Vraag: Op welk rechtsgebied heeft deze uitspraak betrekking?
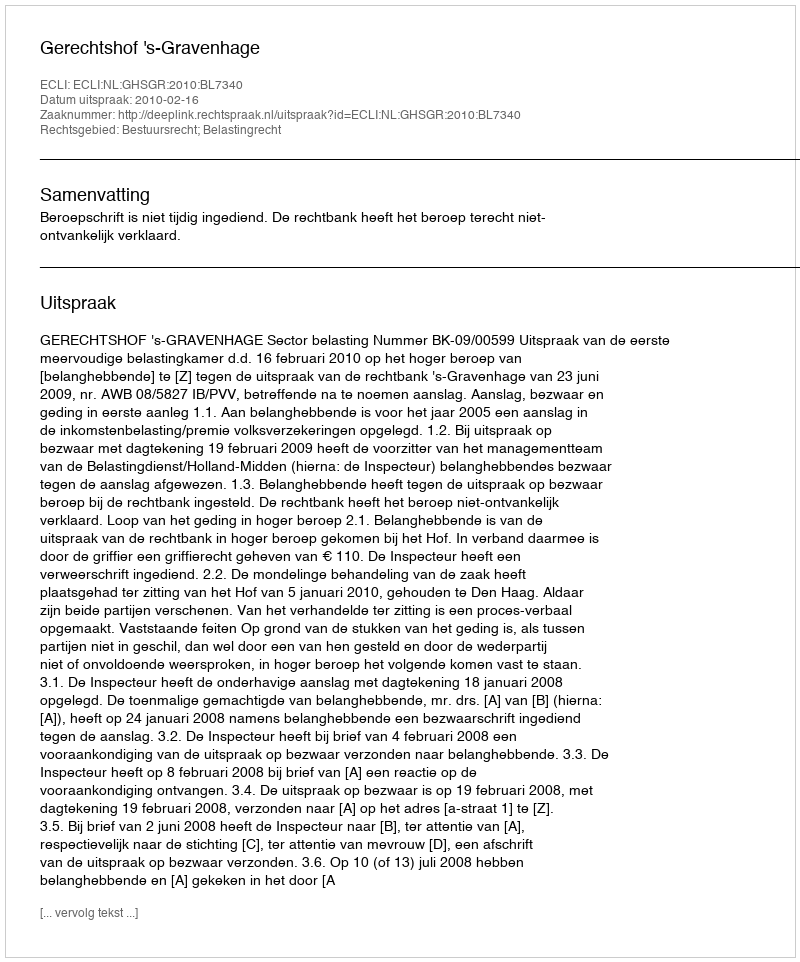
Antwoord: Bestuursrecht; Belastingrecht